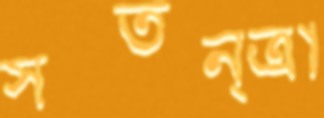
স্বতন্ত্রা